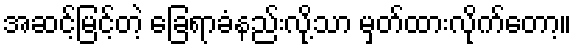
အဆင့်မြင့်တဲ့ ခြေရာခံနည်းလို့သာ မှတ်ထားလိုက်တော့။